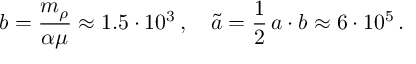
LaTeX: b = \frac { m _ { \rho } } { \alpha \mu } \approx 1 . 5 \cdot 1 0 ^ { 3 } \, , \quad \tilde { a } = \frac { 1 } { 2 } \, a \cdot b \approx 6 \cdot 1 0 ^ { 5 } \, .